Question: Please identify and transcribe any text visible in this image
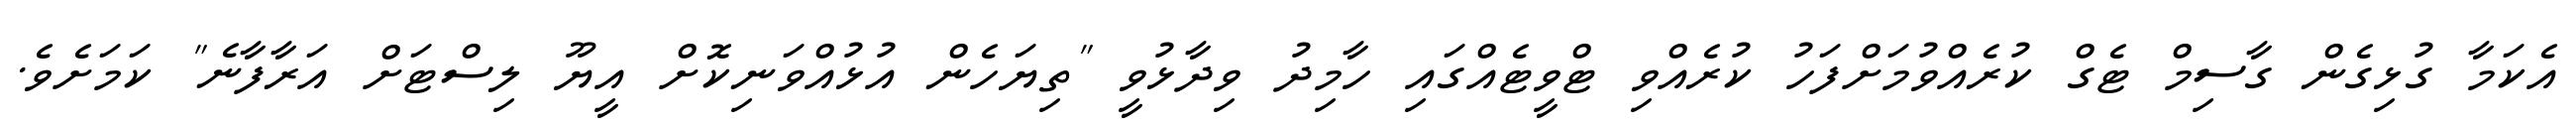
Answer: އެކަމާ ގުޅިގެން ގާސިމް ޓެގް ކުރެއްވުމަށްފަހު ކުރެއްވި ޓްވީޓެއްގައި ހާމިދު ވިދާޅުވީ "ތިޔަހެން އުޅުއްވަނިކޮށް އީޔޫ ލިސްޓަށް އަރާފާނެ" ކަމަށެވެ.